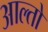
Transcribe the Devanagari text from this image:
आल्तो